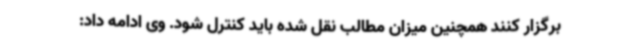
برگزار کنند همچنین میزان مطالب نقل شده باید کنترل شود. وی ادامه داد: